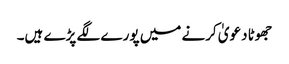
جھوٹا دعویٰ کرنے میں پورے لگے پڑے ہیں۔